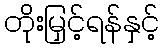
တိုးမြှင့်ရန်နှင့်